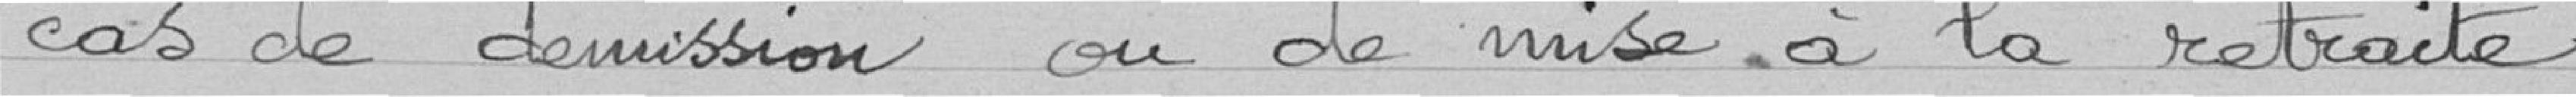
cas de démission ou de mise à la retraite